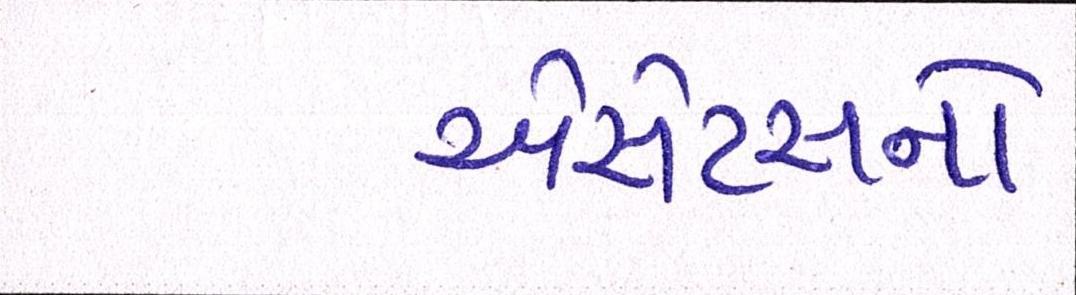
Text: એસેટસનો